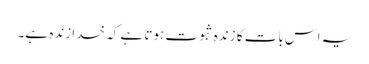
یہ اس بات کا زندہ ثبوت ہوتا ہے کہ خدا زندہ ہے۔